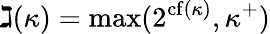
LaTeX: \gimel(\kappa)=\operatorname*{max}(2^{{\mathrm{cf}}(\kappa)},\kappa^{+})